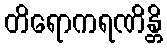
တိရောကရဏိန္တိ